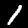
Label: 1